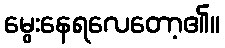
မွေးနေရလေတော့၏။